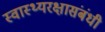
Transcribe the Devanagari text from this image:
स्वास्थ्यरक्षासंबंधी